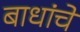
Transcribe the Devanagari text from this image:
बाधांचे